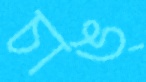
চাঙ্‌